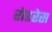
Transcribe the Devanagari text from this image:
रोडरेस